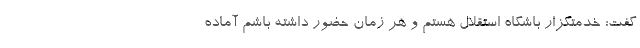
گفت: خدمتگزار باشگاه استقلال هستم و هر زمان حضور داشته باشم آماده